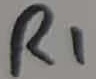
Text: R1